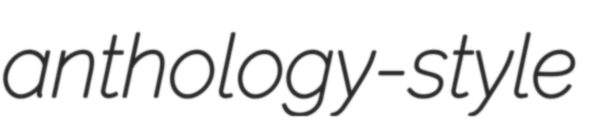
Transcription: anthology-style